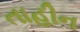
તાહીન